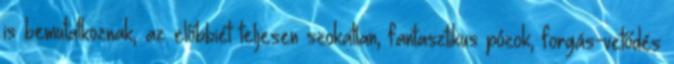
is bemutatkoznak, az előbbiét teljesen szokatlan, fantasztikus pózok, forgás-vetődés